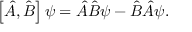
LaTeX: \left[ { \hat { A } } , { \hat { B } } \right] \psi = { \hat { A } } { \hat { B } } \psi - { \hat { B } } { \hat { A } } \psi .